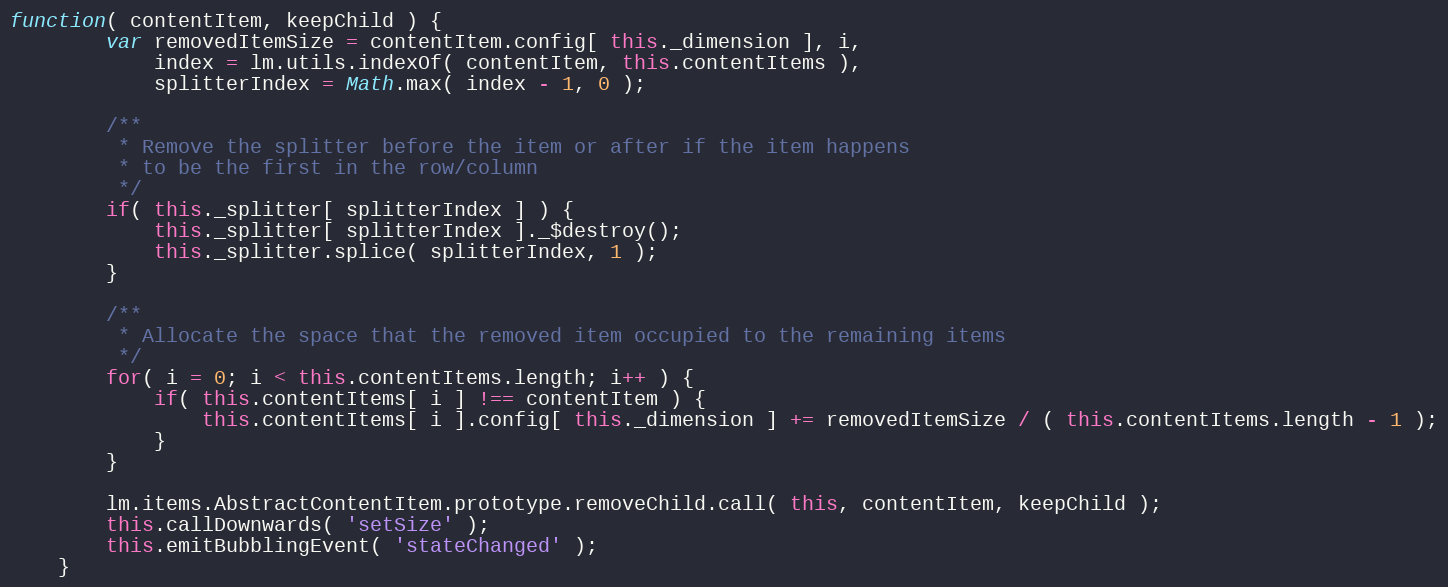
Language: JavaScript
function( contentItem, keepChild ) {
		var removedItemSize = contentItem.config[ this._dimension ], i,
			index = lm.utils.indexOf( contentItem, this.contentItems ),
			splitterIndex = Math.max( index - 1, 0 );

		/**
		 * Remove the splitter before the item or after if the item happens
		 * to be the first in the row/column
		 */
		if( this._splitter[ splitterIndex ] ) {
			this._splitter[ splitterIndex ]._$destroy();
			this._splitter.splice( splitterIndex, 1 );
		}

		/**
		 * Allocate the space that the removed item occupied to the remaining items
		 */
		for( i = 0; i < this.contentItems.length; i++ ) {
			if( this.contentItems[ i ] !== contentItem ) {
				this.contentItems[ i ].config[ this._dimension ] += removedItemSize / ( this.contentItems.length - 1 );
			}
		}

		lm.items.AbstractContentItem.prototype.removeChild.call( this, contentItem, keepChild );
		this.callDownwards( 'setSize' );
		this.emitBubblingEvent( 'stateChanged' );
	}